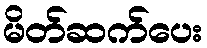
မိတ်ဆက်ပေး